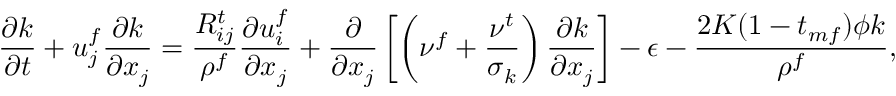
\frac { \partial k } { \partial t } + u _ { j } ^ { f } \frac { \partial k } { \partial x _ { j } } = \frac { R _ { i j } ^ { t } } { \rho ^ { f } } \frac { \partial u _ { i } ^ { f } } { \partial x _ { j } } + \frac { \partial } { \partial x _ { j } } \left[ \left( \nu ^ { f } + \frac { \nu ^ { t } } { \sigma _ { k } } \right) \frac { \partial k } { \partial x _ { j } } \right] - \epsilon - \frac { 2 K ( 1 - t _ { m f } ) \phi k } { \rho ^ { f } } ,